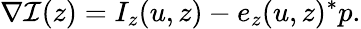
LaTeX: \nabla\mathcal{I}(z)=I_{z}(u,z)-e_{z}(u,z)^{*}p.